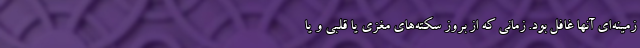
زمینه‌ای آنها غافل بود. زمانی که از بروز سکته‌های مغزی یا قلبی و یا